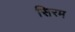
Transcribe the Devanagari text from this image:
सिरम